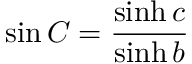
\sin C = { \frac { \sinh c } { \sinh b } }